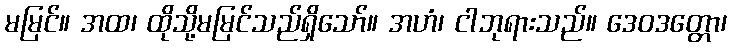
မမြင်။ အထ၊ ထိုသို့မမြင်သည်ရှိသော်။ အဟံ၊ ငါဘုရားသည်။ ဒေဝဒတ္တော၊